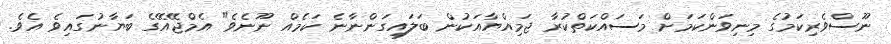
ނޫސްވެރިކަމުގެ މިނިވަންކަމަށް މަސައްކަތްކުރާ ޖަމިއްޔާއަކުން ބަލައިގަންނާނެ ކަމެއް ނޫނެވެ" އެމްޖޭއޭގެ ބަޔާނުގައިވެ އެވެ.